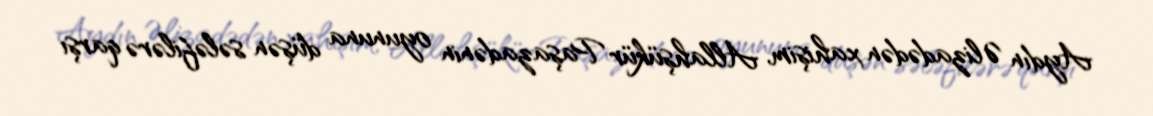
Aydın Əlizadədən xahişim, Allahşükür Paşazadənin oyununa düşən sələfilərə qarşı